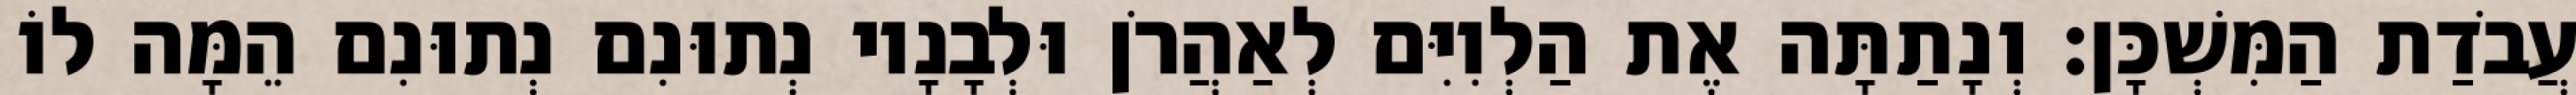
עֲבֹדַת הַמִּשְׁכָּן׃ וְנָתַתָּה אֶת הַלְוִיִּם לְאַהֲרֹן וּלְבָנָיו נְתוּנִם נְתוּנִם הֵמָּה לוֹ